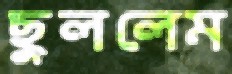
ছুললেম